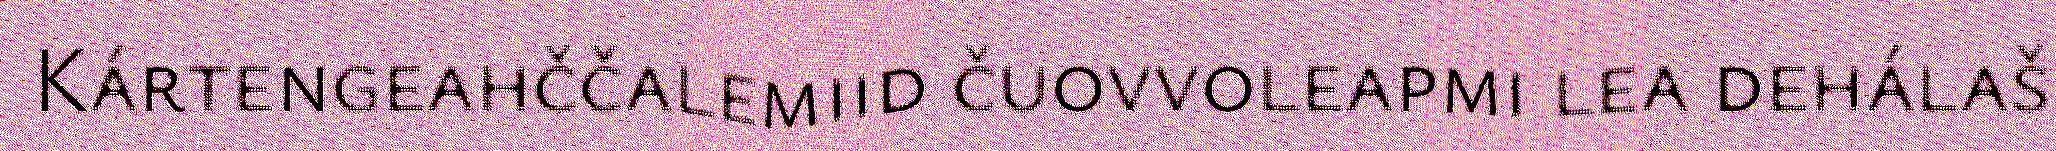
Kártengeahččalemiid čuovvoleapmi lea dehálaš